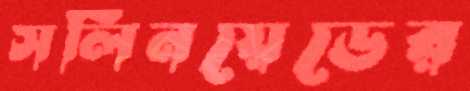
সলিনয়েডের